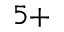
^ { 5 + }